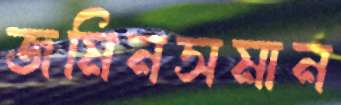
জমিনসমান